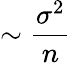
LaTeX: \sim\frac{\sigma^{2}}{n}